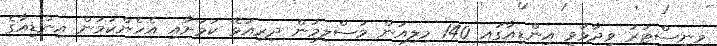
މިނިސްޓަރު ވިދާޅުވީ އިންޑިއާގައި 140 މިލިއަން މުސްލިމުން ދިރިއުޅޭ ކަމަށާއި އެހެންކަމުން އިންޑިއާގެ